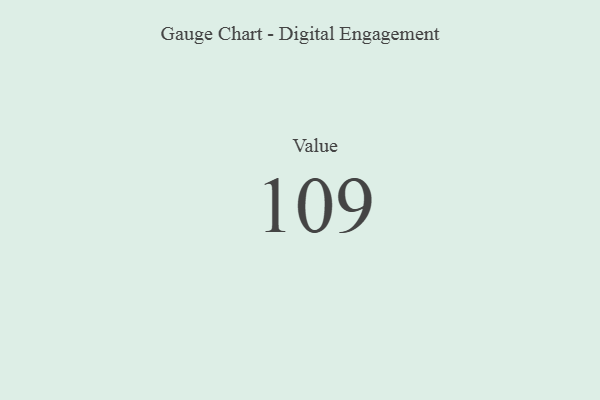
{"axis": {"x": "Metric", "y": "Value"}, "legend": [""], "data": [{"x": "Value", "y": 109, "type": ""}]}